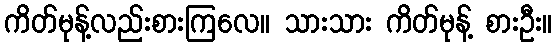
ကိတ်မုန့်လည်းစားကြလေ။ သားသား ကိတ်မုန့် စားဦး။